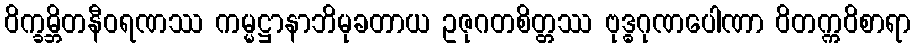
ဝိက္ခမ္ဘိတနီဝရဏဿ ကမ္မဋ္ဌာနာဘိမုခတာယ ဥဇုဂတစိတ္တဿ ဗုဒ္ဓဂုဏပေါဏာ ဝိတက္ကဝိစာရာ